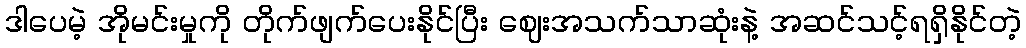
ဒါပေမဲ့ အိုမင်းမှုကို တိုက်ဖျက်ပေးနိုင်ပြီး ဈေးအသက်သာဆုံးနဲ့ အဆင်သင့်ရရှိနိုင်တဲ့